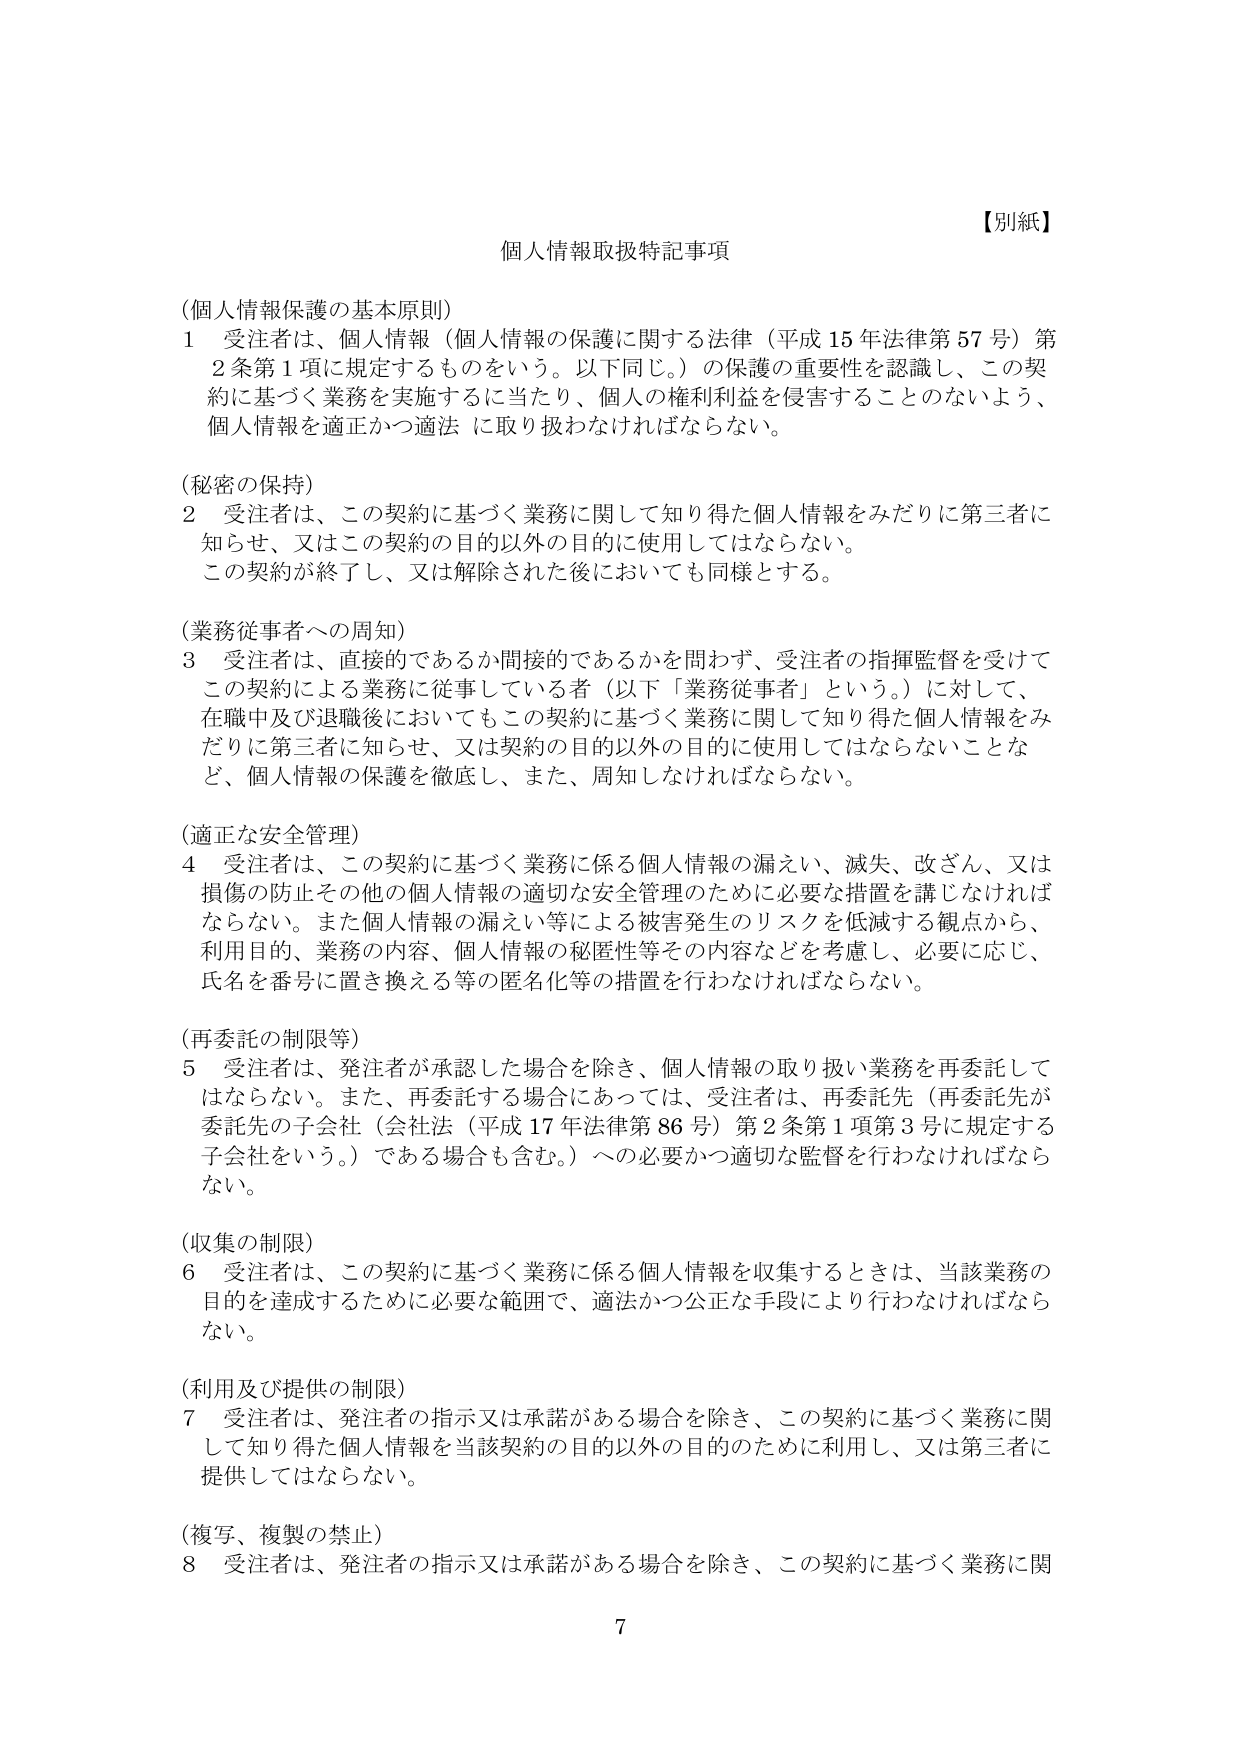
【別紙】
個人情報取扱特記事項

（個人情報保護の基本原則）
1 受注者は、個人情報（個人情報の保護に関する法律（平成15年法律第57号）第2条第1項に規定するものをいう。以下同じ。）の保護の重要性を認識し、この契約に基づく業務を実施するに当たり、個人の権利利益を侵害することのないよう、個人情報を適正かつ適法に取り扱わなければならない。

（秘密の保持）
2 受注者は、この契約に基づく業務に関して知り得た個人情報をみだりに第三者に知らせ、又はこの契約の目的以外の目的に使用してはならない。
この契約が終了し、又は解除された後においても同様とする。

（業務従事者への周知）
3 受注者は、直接的であるか間接的であるかを問わず、受注者の指揮監督を受けてこの契約による業務に従事している者（以下「業務従事者」という。）に対して、在職中及び退職後においてもこの契約に基づく業務に関して知り得た個人情報をみだりに第三者に知らせ、又は契約の目的以外の目的に使用してはならないことなど、個人情報の保護を徹底し、また、周知しなければならない。

（適正な安全管理）
4 受注者は、この契約に基づく業務に係る個人情報の漏えい、滅失、改ざん、又は損傷の防止その他の個人情報の適切な安全管理のために必要な措置を講じなければならない。また個人情報の漏えい等による被害発生のリスクを低減する観点から、利用目的、業務の内容、個人情報の秘匿性等その内容などを考慮し、必要に応じ、氏名を番号に置き換える等の匿名化等の措置を行わなければならない。

（再委託の制限等）
5 受注者は、発注者が承認した場合を除き、個人情報の取り扱い業務を再委託してはならない。また、再委託する場合にあっては、受注者は、再委託先（再委託先が委託先の子会社（会社法（平成17年法律第86号）第2条第1項第3号に規定する子会社をいう。）である場合も含む。）への必要かつ適切な監督を行わなければならない。

（収集の制限）
6 受注者は、この契約に基づく業務に係る個人情報を収集するときは、当該業務の目的を達成するために必要な範囲で、適法かつ公正な手段により行わなければならない。

（利用及び提供の制限）
7 受注者は、発注者の指示又は承諾がある場合を除き、この契約に基づく業務に関して知り得た個人情報を当該契約の目的以外の目的のために利用し、又は第三者に提供してはならない。

（複写、複製の禁止）
8 受注者は、発注者の指示又は承諾がある場合を除き、この契約に基づく業務に関

7